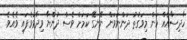
ހާދިސާއެއް ކަން މިވަގުތު ދަންނަވަން ނޭނގޭ ކަމަށް ވެސް ދުންޔާ ވިދާޅުވެފައި ވެއެވެ.